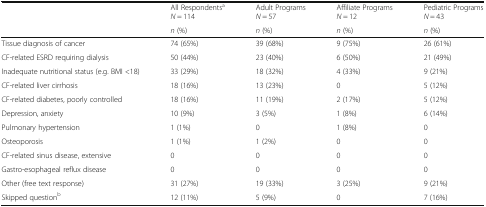
| <ROWSPAN=2>  | All RespondentsaN = 114 | Adult ProgramsN = 57 | Affiliate ProgramsN = 12 | Pediatric ProgramsN = 43 |
 | n (%) | n (%) | n (%) | n (%) |
 | --- | --- | --- | --- | --- |
 | Tissue diagnosis of cancer | 74 (65%) | 39 (68%) | 9 (75%) | 26 (61%) |
 | CF-related ESRD requiring dialysis | 50 (44%) | 23 (40%) | 6 (50%) | 21 (49%) |
 | Inadequate nutritional status (e.g. BMI <18) | 33 (29%) | 18 (32%) | 4 (33%) | 9 (21%) |
 | CF-related liver cirrhosis | 18 (16%) | 13 (23%) | 0 | 5 (12%) |
 | CF-related diabetes, poorly controlled | 18 (16%) | 11 (19%) | 2 (17%) | 5 (12%) |
 | Depression, anxiety | 10 (9%) | 3 (5%) | 1 (8%) | 6 (14%) |
 | Pulmonary hypertension | 1 (1%) | 0 | 1 (8%) | 0 |
 | Osteoporosis | 1 (1%) | 1 (2%) | 0 | 0 |
 | CF-related sinus disease, extensive | 0 | 0 | 0 | 0 |
 | Gastro-esophageal reflux disease | 0 | 0 | 0 | 0 |
 | Other (free text response) | 31 (27%) | 19 (33%) | 3 (25%) | 9 (21%) |
 | Skipped questionb | 12 (11%) | 5 (9%) | 0 | 7 (16%) |